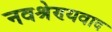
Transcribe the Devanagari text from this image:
नवश्रेण्यवाद